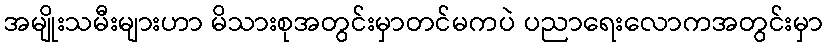
အမျိုးသမီးများဟာ မိသားစုအတွင်းမှာတင်မကပဲ ပညာရေးလောကအတွင်းမှာ